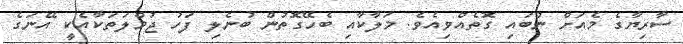
ސާރިޔާގެ މެއަށް ނުބައި ގޮތެއްވިއެވެ. މަލާކާއި ބެހޭގޮތުން ބުނެލި ފަހު ޖުމްލަތަކާއެކީ އޭނަގެ